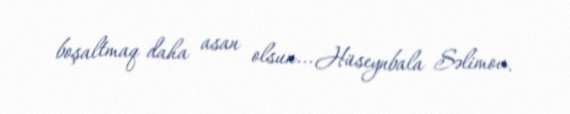
boşaltmaq daha asan olsun... Hüseynbala Səlimov.